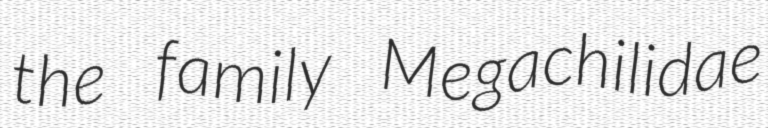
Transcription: the family Megachilidae